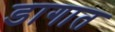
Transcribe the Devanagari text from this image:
डागात